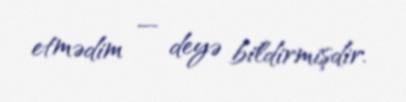
etmədim — deyə bildirmişdir.